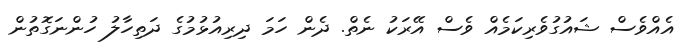
އެއްވެސް ޝައުގުވެރިކަމެއް ވެސް އޭރަކު ނެތް. ދެން ހަމަ ދިރިއުޅުމުގެ ދަތިހާލު ހުންނަގޮތުން